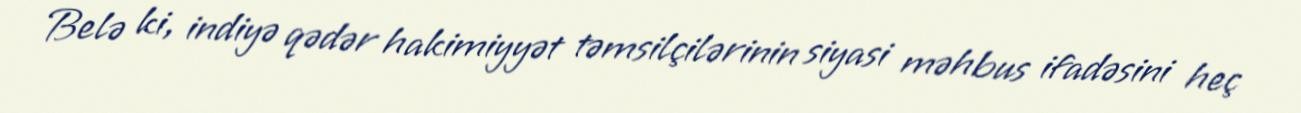
Belə ki, indiyə qədər hakimiyyət təmsilçilərinin siyasi məhbus ifadəsini heç